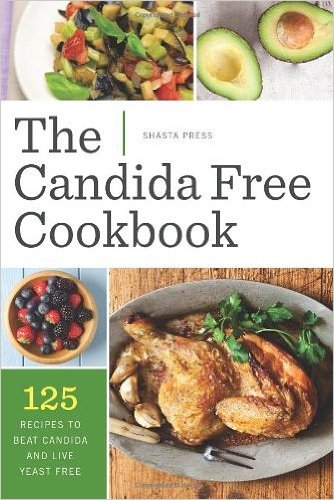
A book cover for The Candida Free Cookbook: 125 Recipes to Beat Candida and Live Yeast Free (Paperback) - Common; by Shasta Press; Health, Fitness & Dieting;